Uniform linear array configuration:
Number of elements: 32
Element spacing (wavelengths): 1
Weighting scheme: exponential
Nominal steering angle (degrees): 30
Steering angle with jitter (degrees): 28.512
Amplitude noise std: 0.05
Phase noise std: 0.05

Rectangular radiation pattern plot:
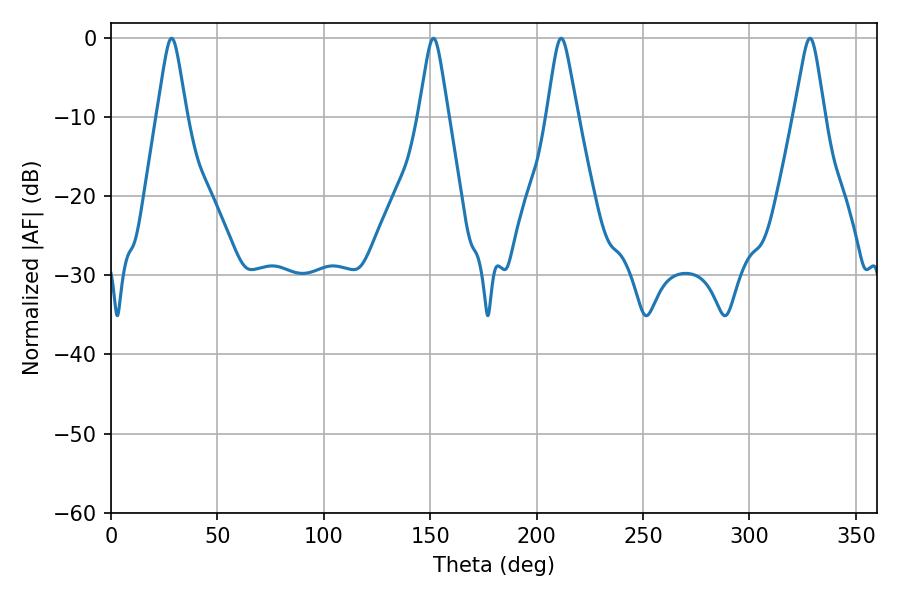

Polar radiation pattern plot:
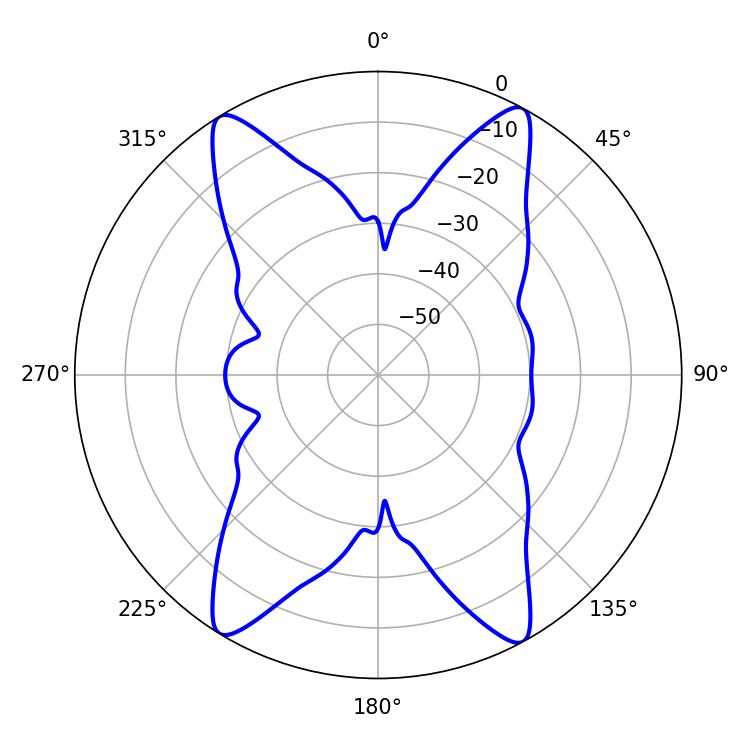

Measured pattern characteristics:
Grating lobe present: TRUE
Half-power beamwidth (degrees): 6.48
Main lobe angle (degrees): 28.44